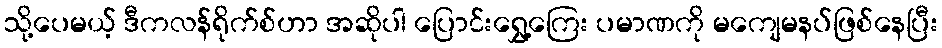
သို့ပေမယ့် ဒီကလန်ရိုက်စ်ဟာ အဆိုပါ ပြောင်းရွှေ့ကြေး ပမာဏကို မကျေမနပ်ဖြစ်နေပြီး